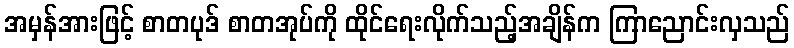
အမှန်အားဖြင့် စာတပုဒ် စာတအုပ်ကို ထိုင်ရေးလိုက်သည့်အချိန်က ကြာညောင်းလှသည်